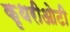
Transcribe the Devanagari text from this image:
कृथरीओटी